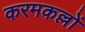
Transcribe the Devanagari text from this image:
करमकल्लों